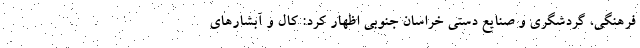
فرهنگی، گردشگری و صنایع دستی خراسان جنوبی اظهار کرد: کال و آبشارهای